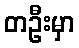
တဦးမှာ